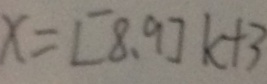
x = [ 8 , 9 ] k + 3